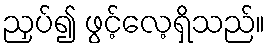
ညှပ်၍ ဖွင့်လေ့ရှိသည်။